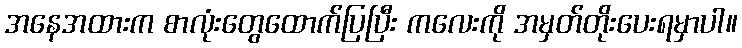
အနေအထားက စာလုံးတွေထောက်ပြပြီး ကလေးကို အမှတ်တိုးပေးရမှာပါ။